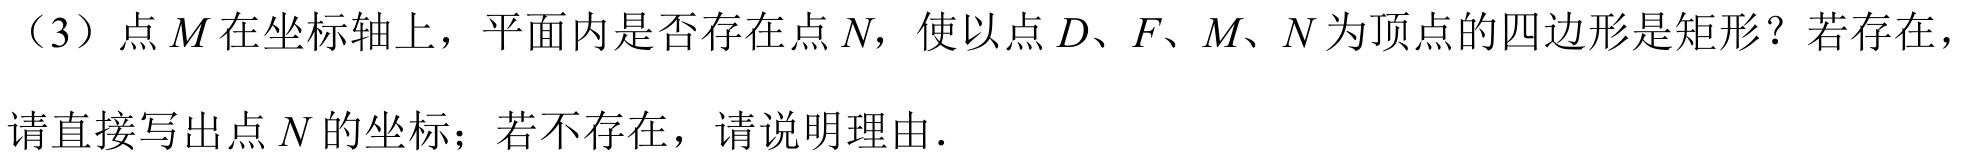
（3）点 \(M\) 在坐标轴上，平面内是否存在点 \(N\)，使以点 \(D、F、M、N\) 为顶点的四边形是矩形？若存在，
请直接写出点 \(N\) 的坐标；若不存在，请说明理由．